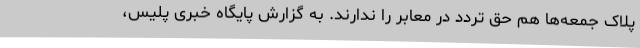
پلاک جمعه‌ها هم حق تردد در معابر را ندارند. به گزارش پایگاه خبری پلیس،